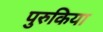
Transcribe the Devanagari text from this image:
पुरुकिया